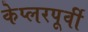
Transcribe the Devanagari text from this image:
केप्लरपूर्वी